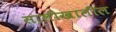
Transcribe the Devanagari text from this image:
सालीखालील